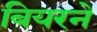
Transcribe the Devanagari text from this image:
बियरने